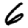
Digit: 6